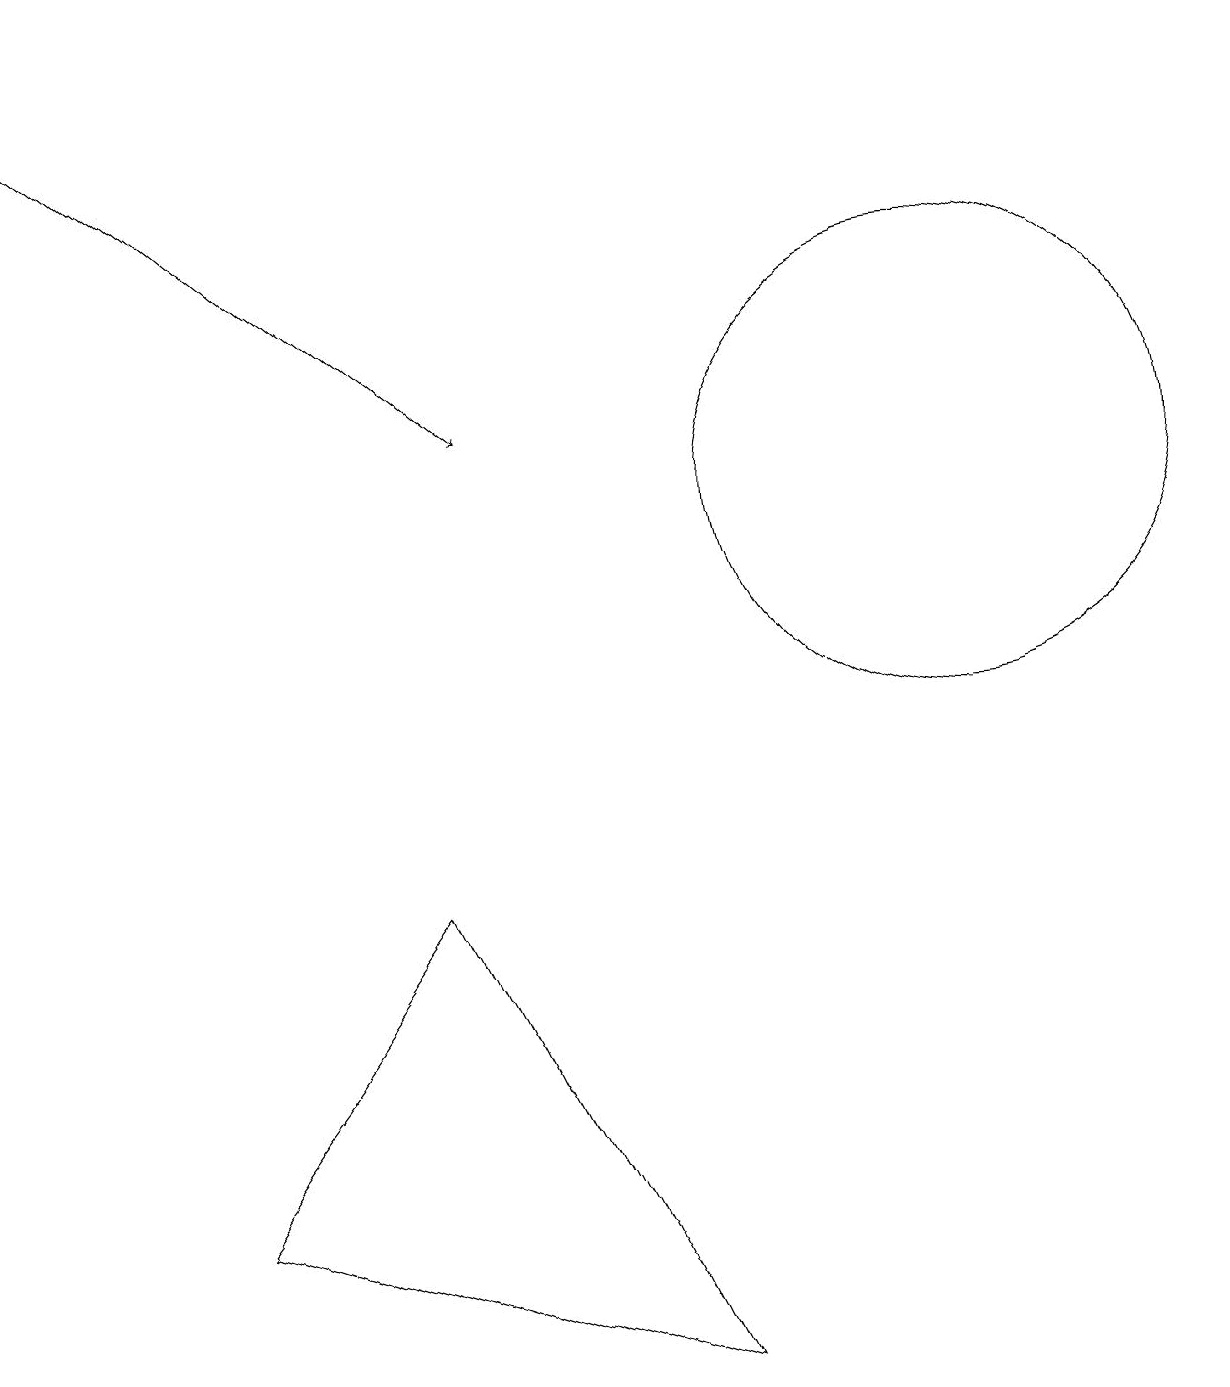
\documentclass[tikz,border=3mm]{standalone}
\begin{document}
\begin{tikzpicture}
\draw (5,6) -- (2,2) -- (8,0) -- cycle;
\draw[->] (0,17) -- (6,12);
\draw (12,11) circle (3);
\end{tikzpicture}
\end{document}